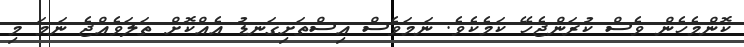
ކޮންމެހެން ވެސް ކުރަންޖެހޭ ކަމެކެވެ. ނަމަވެސް އިސްތަށިގަނޑު އެއްކޮށް ތަލަވެއްޖެ ނަމަ މި